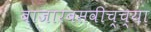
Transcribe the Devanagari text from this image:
बाजारबसवीच्च्या